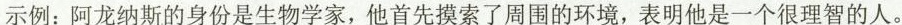
示例：阿龙纳斯的身份是生物学家，他首先摸索了周围的环境，表明他是一个很理智的人。